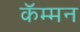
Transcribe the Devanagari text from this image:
कॅम्मन